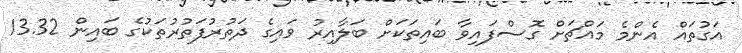
އަގުތައް އެންމެ މައްޗަށް ގޮސްފައިވާ ބައިތަކަށް ބަލާއިރު ވައިގެ ދަތުރުފަތުރުތަކުގެ ބައިން 13.32